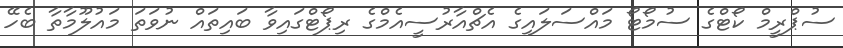
ސުޕްރީމް ކޯޓްގެ ސުމޯޓޯ މައްސަލައިގެ އެޗްއާރުސީއެމްގެ ރިޕޯޓްގައިވާ ބައިތައް ނުވަތަ މައުލޫމާތާ ބެހޭ